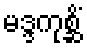
မဒ္ဒကုစ္ဆိံ